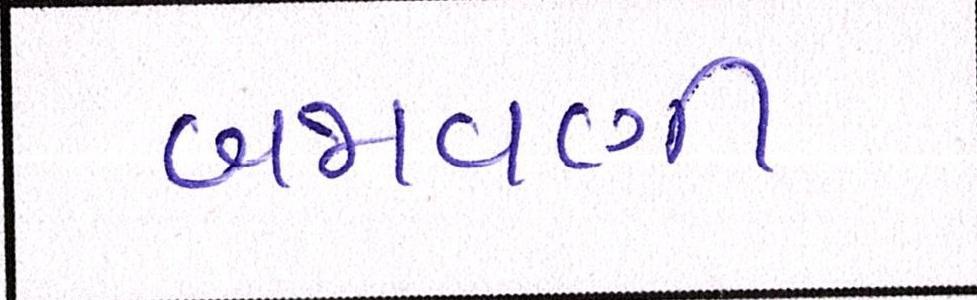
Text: બજવણી